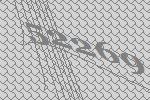
52269